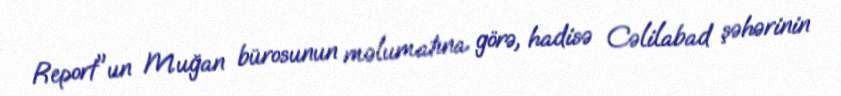
Report"un Muğan bürosunun məlumatına görə, hadisə Cəlilabad şəhərinin